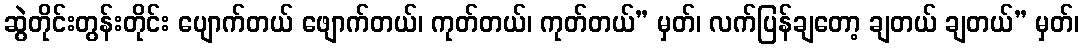
ဆွဲတိုင်းတွန်းတိုင်း ပျောက်တယ် ဖျောက်တယ်၊ ကုတ်တယ်၊ ကုတ်တယ်” မှတ်၊ လက်ပြန်ချတော့ ချတယ် ချတယ်” မှတ်၊